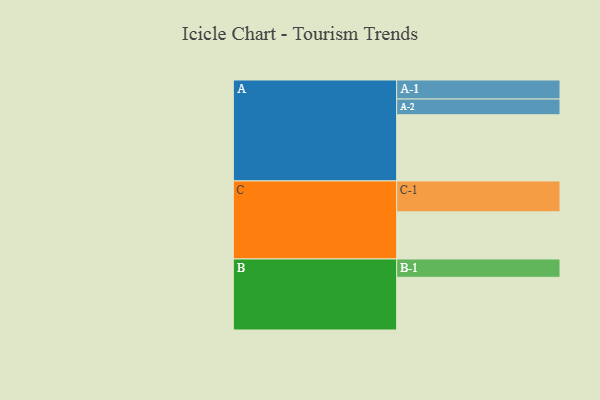
{"axis": {"x": "Segment", "y": "Value"}, "legend": ["", "A", "B", "C"], "data": [{"x": "A", "y": 546, "type": ""}, {"x": "B", "y": 435, "type": ""}, {"x": "C", "y": 389, "type": ""}, {"x": "A-1", "y": 157, "type": "A"}, {"x": "A-2", "y": 130, "type": "A"}, {"x": "B-1", "y": 151, "type": "B"}, {"x": "C-1", "y": 255, "type": "C"}]}